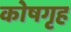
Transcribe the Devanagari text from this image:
कोषगृह